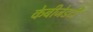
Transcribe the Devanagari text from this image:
केबीजेडटी